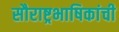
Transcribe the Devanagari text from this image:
सौराष्ट्रभाषिकांची